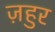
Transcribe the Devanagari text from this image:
ज़हुर